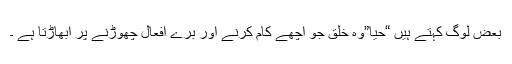
بعض لوگ کہتے ہیں “حیا”وہ خلق جو اچھے کام کرنے اور برے افعال چھوڑنے پر ابھاڑتا ہے ۔